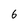
Character: 6